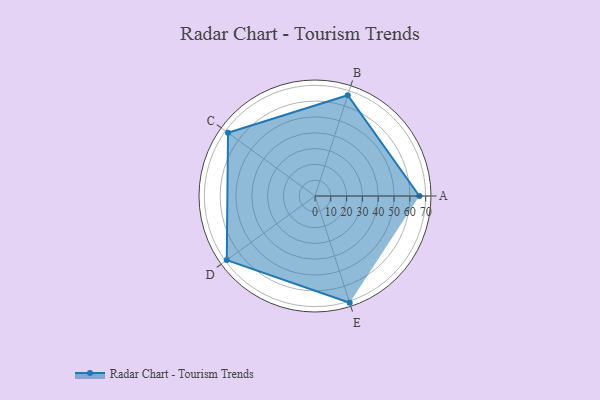
{"axis": {"x": "Skill", "y": "Score"}, "legend": ["Profile"], "data": [{"x": "A", "y": 66.0, "type": "Profile"}, {"x": "B", "y": 67.0, "type": "Profile"}, {"x": "C", "y": 68.0, "type": "Profile"}, {"x": "D", "y": 69.0, "type": "Profile"}, {"x": "E", "y": 71.0, "type": "Profile"}]}